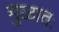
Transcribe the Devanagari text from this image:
मुळातः